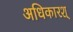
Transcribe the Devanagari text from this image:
अधिकारश्